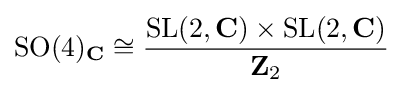
\mathrm {SO} (4)_{\mathbf {C} }\cong {\frac {\mathrm {SL} (2,\mathbf {C} )\times \mathrm {SL} (2,\mathbf {C} )}{\mathbf {Z} _{2}}}